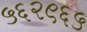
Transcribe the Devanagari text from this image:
५६२९६५